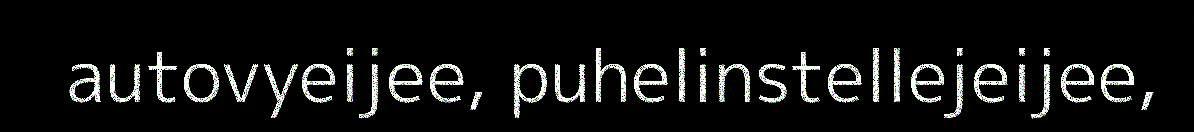
autovyeijee, puhelinstellejeijee,